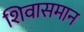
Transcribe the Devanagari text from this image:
शिवासमान